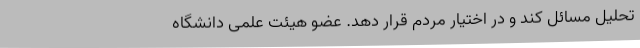
تحلیل مسائل کند و در اختیار مردم قرار دهد. عضو هیئت علمی دانشگاه